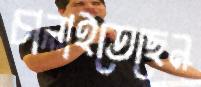
চালাইতেছেন